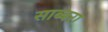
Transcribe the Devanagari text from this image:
साब्बरा